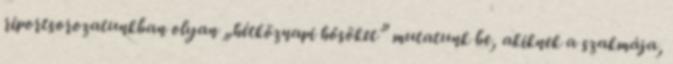
riportsorozatunkban olyan „hétköznapi hősöket” mutatunk be, akiknek a szakmája,